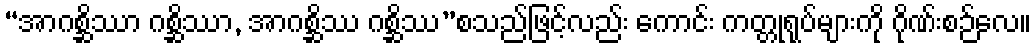
“အာဂစ္ဆိဿာ ဂစ္ဆိဿာ, အာဂစ္ဆိဿ ဂစ္ဆိဿ”စသည်ဖြင့်လည်း ကောင်း ကတ္တုရုပ်များကို ဂိုဏ်းစဉ်လေ။